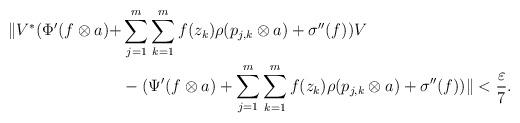
LaTeX: \begin{align*}\| V^*(\Phi^{\prime}(f\otimes a)+ & \sum_{j=1}^m\sum_{k=1}^mf(z_k)\rho (p_{j,k}\otimes a) + \sigma^{\prime\prime} (f) )V \\& -(\Psi^{\prime}(f\otimes a)+\sum_{j=1}^m\sum_{k=1}^mf(z_k)\rho (p_{j,k}\otimes a) + \sigma^{\prime\prime} (f) ) \|< \frac{\varepsilon}{7}.\end{align*}